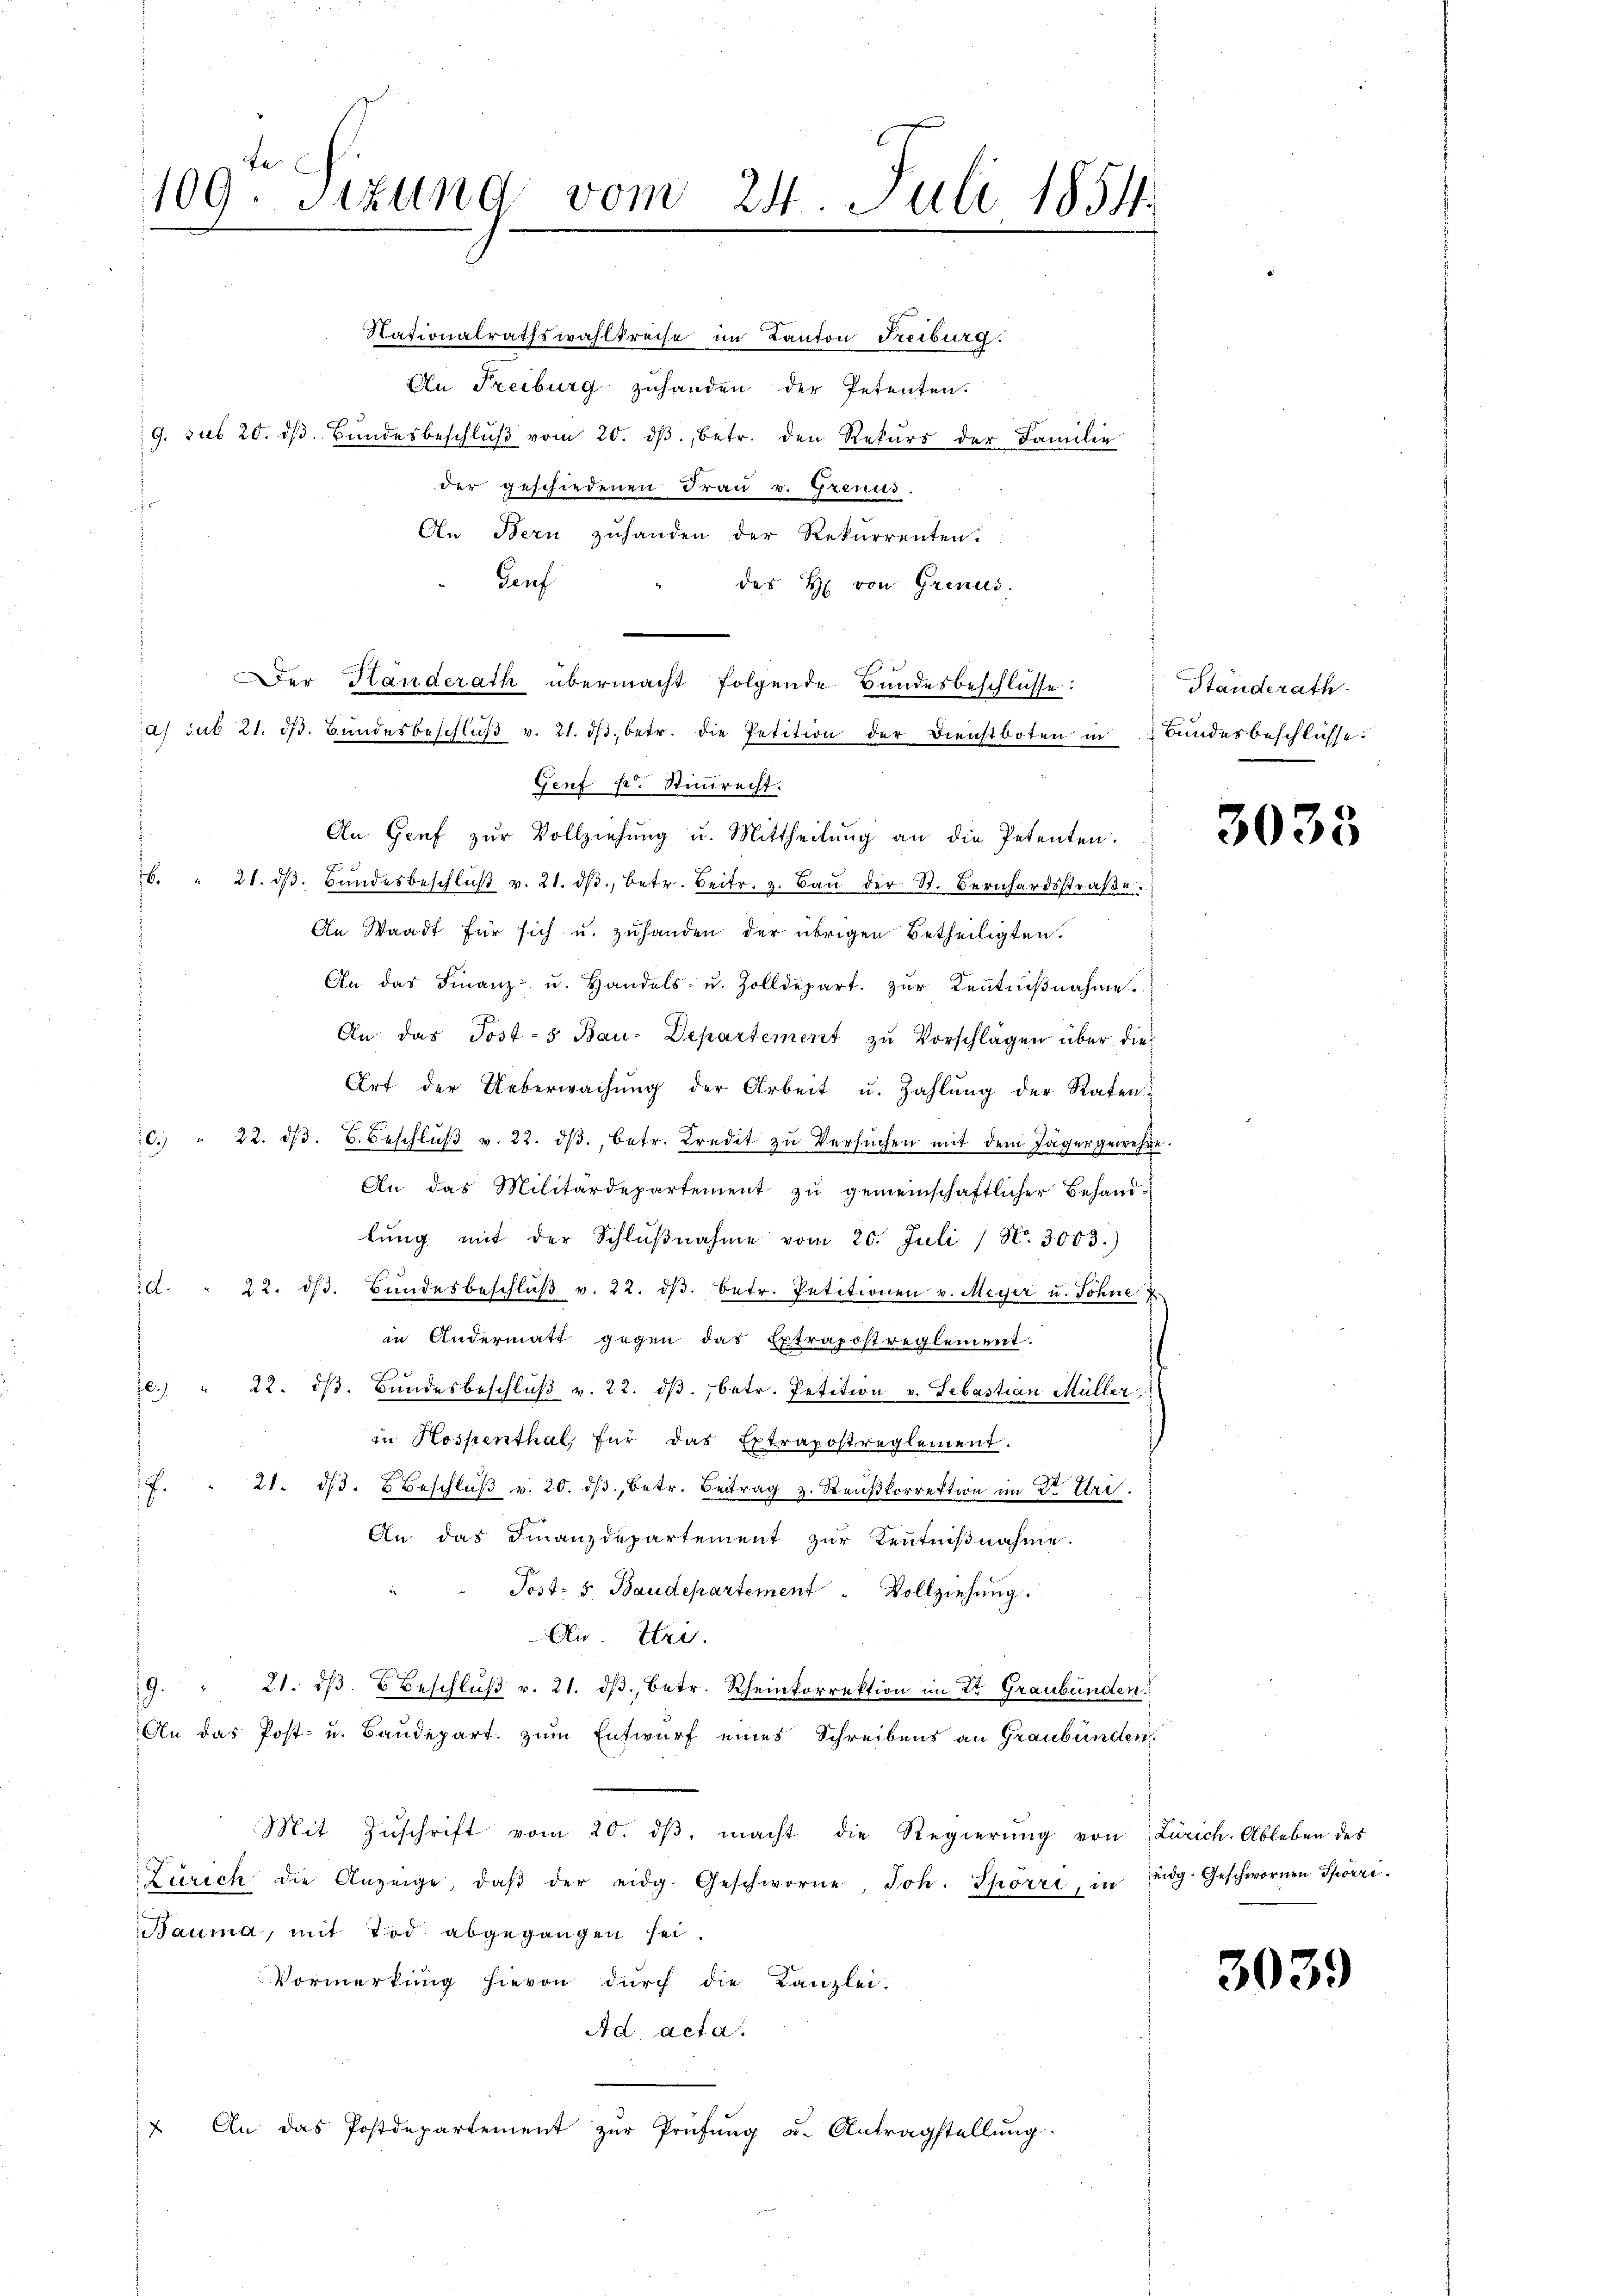
109. Sitzung vom 24. Juli 1854.
.

Nationalrathswahlkreise im Kanton Freiburg.
An Freiburg zuhanden der Petenten.
9. sub 20. dβ. Bŭndesbeschlŭβ vom 20. dβ. betr. den Rekurs der Familie
der geschiedenen Frau v. Grenus.
An Bern zuhanden der Rekurrenten.
Gauf
des H. von Grenus.
A) sub 21. d. Bundesbeschlŭβ v. 21. dβ. betr. die Petition der Dienstboten in Bundesbeschlüsse:
Genf pr. Stimmrecht.
An Genf zŭr Vollziehung u. Mittheilŭng an die Petenten.
7
. " 21. dβ. Bŭndesbeschlŭβ v. 21. dβ, betr. Beitr. z. Baŭ der St. Bernhardsstraβe.
An Waadt für sich u. zuhanden der übrigen Betheiligten.
An das Finanz- u. Handels- u. Zolldepart. zŭr Keṅtniβnahme.
An das Post-5 Bau-Departement zu Vorschlagen über die
Art der Ueberwachŭng der Arbeit u. Zahlŭng der Raten
C. " 22. dβ. B. Beschlŭβ v. 22. dβ, betr. Kredit zŭ Versŭchen mit dem Jägergewehre
An das Militärdepartement zu gemeinschaftlicher Behandlŭng mit der Schlŭβnahme vom 20. Juli / N. 3003.)
d. " 22. dβ. Bŭndesbeschlŭβ v. 22. dβ. betr. Petitionen v. Meyer u. Sohne 7
in Andermatt gegen das Extrapostreglement.
e. " 22. dβ. Bŭndesbeschlŭβ v. 22. dβ betr. Petition v. Sebastian Müller,
in Hospenthal, für das Extrapostreglement.
f. " 21. dβ. Beschlŭβ v. 20. dβ. betr. Beitrag z. Reußkorrektion im 2t Uri.
An das Finanzdepartement zur Kenntnißnahme.
Post- & Baudepartement "Vollziehung.
An. Tri
9. " 21. dβ u Beschlŭβ v. 21. dβ betr. Rheinkorrektion im Dr. Graubünden.
An das Post- u. Baudepart zum Entwurf eines Schreibens an Graubünden.
Mit Zŭschrift vom 20. dβ macht die Regierŭng von Zürich. Ableben des
Zürich die Anzeige, daβ der eidg. Geschworne, Joh. Spörri, in Eidg. Geschwornen Spörri
Bauma, mit Tod abgegangen sei.
Vormerkung hievon durch die Kanzlei-
Ad Acta.
 An das Postdepartement zŭr Prüfŭng u. Antragstellŭng.

er Handerath übermacht folgende Bundesbeschlüsse:

Ständerath

3033

3039